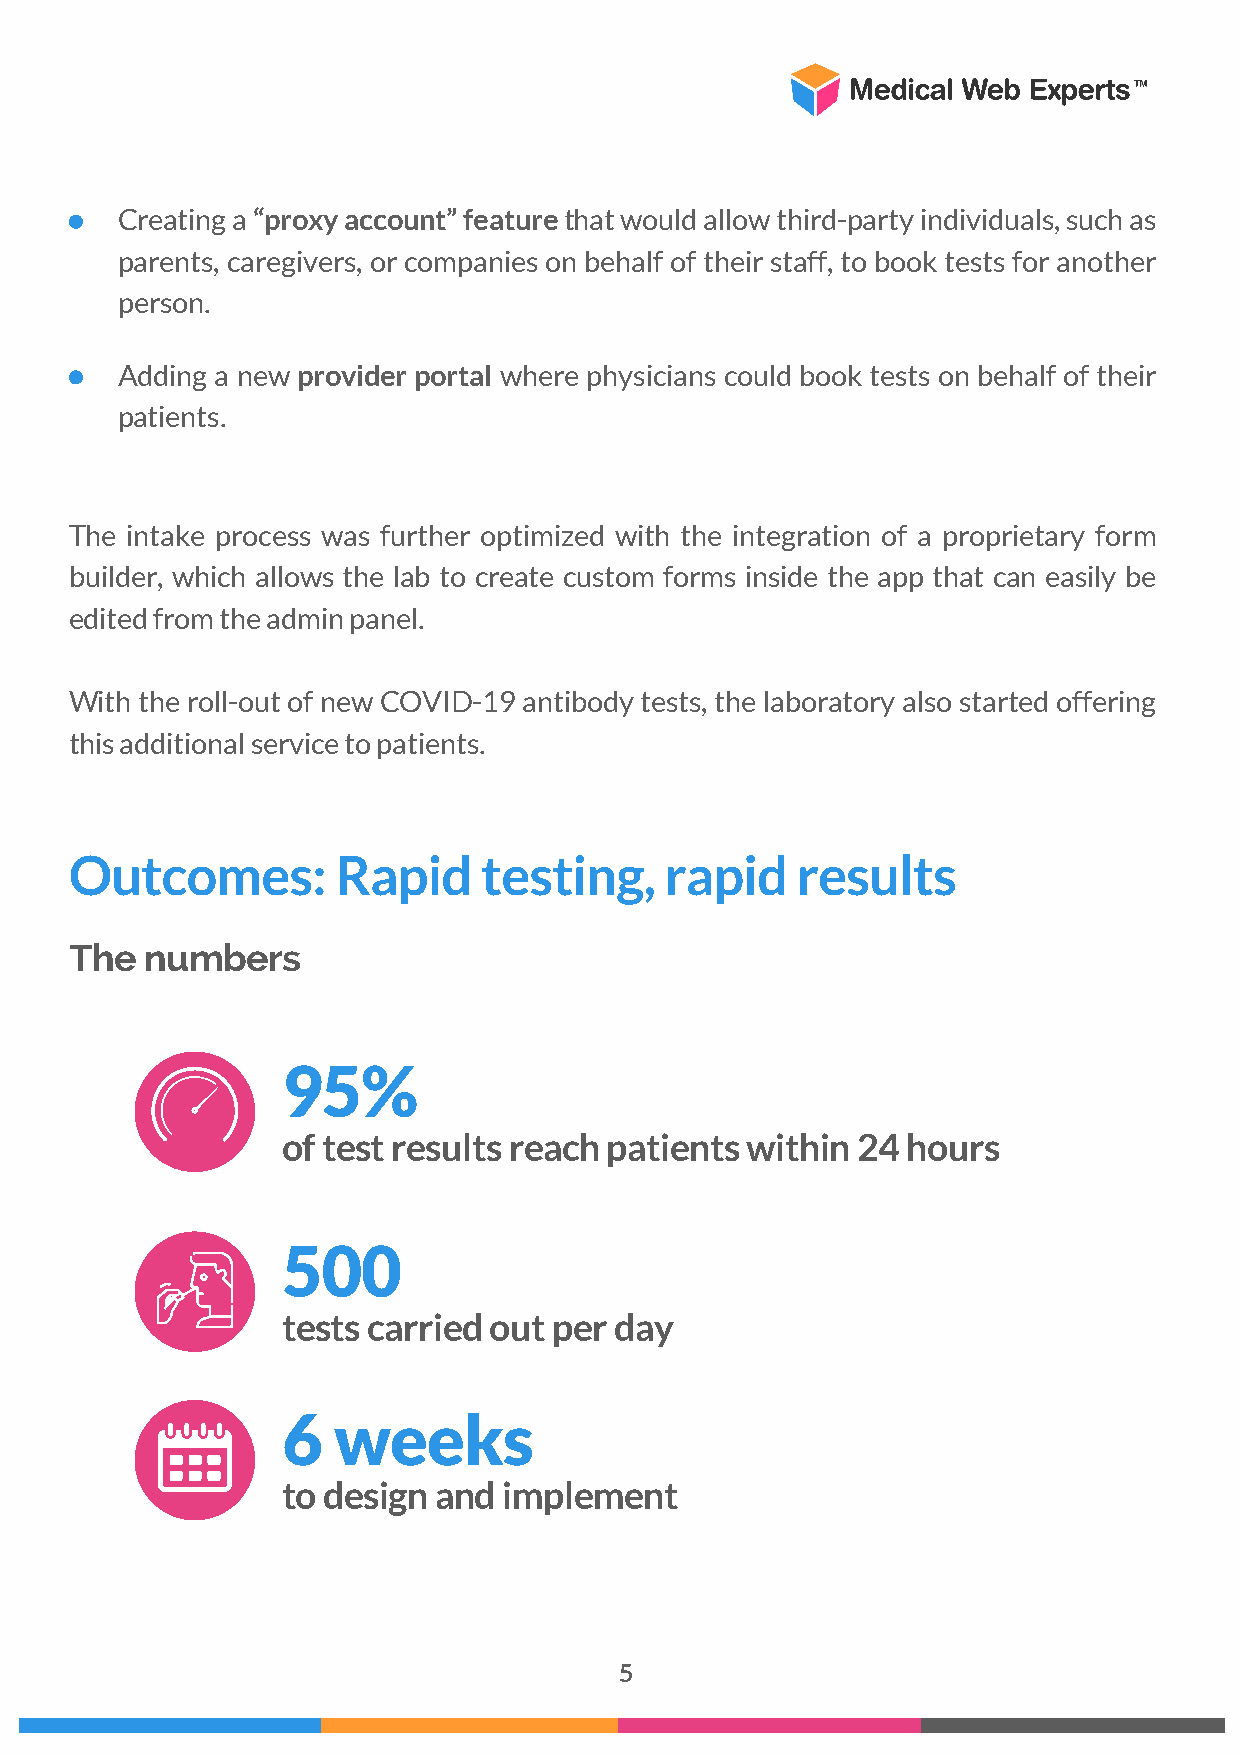
Creating a “proxy account” feature that would allow third-party individuals, such as
 parents, caregivers, or companies on behalf of their staff, to book tests for another
 person.
 Adding a new provider portal where physicians could book tests on behalf of their
 patients.
 The intake process was further optimized with the integration of a proprietary form
 builder, which allows the lab to create custom forms inside the app that can easily be
 edited from the admin panel.
 With the roll-out of new COVID-19 antibody tests, the laboratory also started offering
 this additional service to patients.
 Outcomes:        Rapid     testing,    rapid    results
 The  numbers
 95%
 of test results reach patients within 24 hours
 500
 tests carried out per day
 6  weeks
 to design and implement
 5